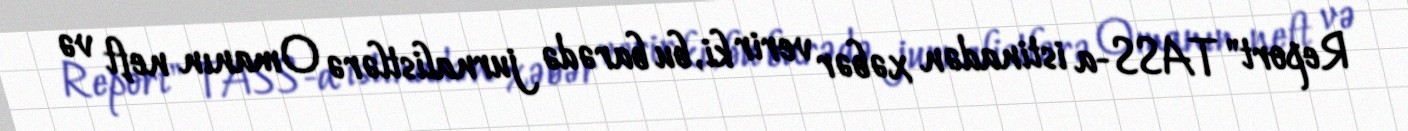
Report" TASS-a istinadən xəbər verir ki, bu barədə jurnalistlərə Omanın neft və